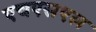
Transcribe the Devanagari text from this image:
एचएसएल